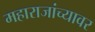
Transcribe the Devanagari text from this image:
महाराजांच्यावर